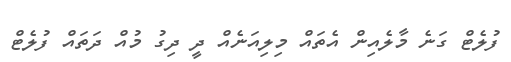
ފުލެޓް ގަނެ މާލެއިން އެތައް މިލިއަނެެއް ދީ ދިގު މުއް ދަތައް ފުލެޓް